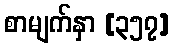
စာမျက်နှာ [၃၅၇]